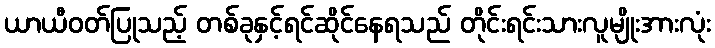
ယာယီဝတ်ပြုသည့် တစ်ခုနှင့်ရင်ဆိုင်နေရသည် တိုင်းရင်းသားလူမျိုးအားလုံး